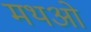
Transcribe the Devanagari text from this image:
मथओ